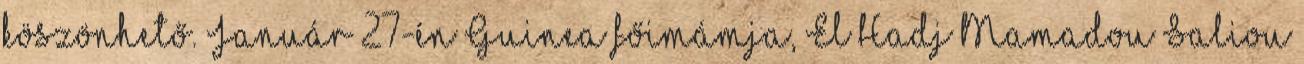
köszönhető. Január 27-én Guinea főimámja, El Hadj Mamadou Saliou